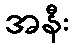
အနီး